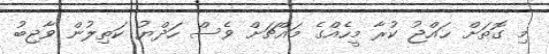
މި ގޮތަށް ޙައްޖު ކުރާ މީހެއްގެ މައްޗަށް ވެސް ހަދްޔު ކަތިލުން ވާޖިބު